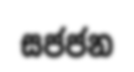
සජජන